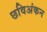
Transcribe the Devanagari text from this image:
छविअंकन